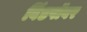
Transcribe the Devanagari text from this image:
विंडपॉवर